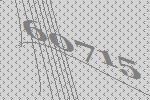
60715